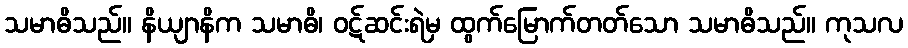
သမာဓိသည်။ နိယျာနိက သမာဓိ၊ ဝဋ်ဆင်းရဲမှ ထွက်မြောက်တတ်သော သမာဓိသည်။ ကုသလ